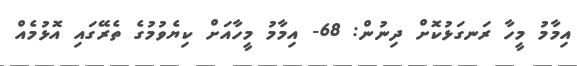
އިމާމު މީހާ ރަނގަޅުކޮށް ދިނުން: 68- އިމާމު މީހާއަށް ކިޔެވުމުގެ ތެރޭގައި އޮޅުމެއް